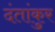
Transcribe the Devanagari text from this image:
दंतांकुर